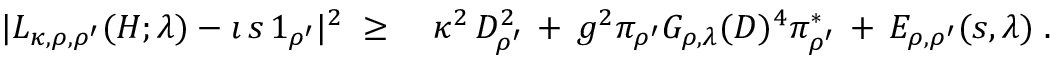
\begin{array} { r l } { | L _ { \kappa , \rho , \rho ^ { \prime } } ( H ; \lambda ) - \imath \, s \, 1 _ { \rho ^ { \prime } } | ^ { 2 } \; \geq \; } & { { } \kappa ^ { 2 } \, D _ { \rho ^ { \prime } } ^ { 2 } \, + \, g ^ { 2 } \pi _ { \rho ^ { \prime } } G _ { \rho , \lambda } ( D ) ^ { 4 } \pi _ { \rho ^ { \prime } } ^ { * } \, + \, E _ { \rho , \rho ^ { \prime } } ( s , \lambda ) \; . } \end{array}